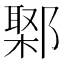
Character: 𨝮